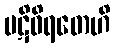
ပဋိဝိရတေဟိ